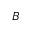
B